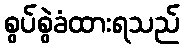
စွပ်စွဲခံထားရသည်